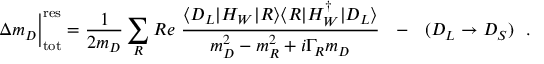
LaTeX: \Delta m _ { D } \bigg | _ { \mathrm { t o t } } ^ { \mathrm { r e s } } = \frac { 1 } { 2 m _ { D } } \sum _ { R } R e ~ \frac { \langle D _ { L } | { \cal H } _ { W } | R \rangle \langle R | { \cal H } _ { W } ^ { \dagger } | D _ { L } \rangle } { m _ { D } ^ { 2 } - m _ { R } ^ { 2 } + i \Gamma _ { R } m _ { D } } \ \ - \ \ ( D _ { L } \to D _ { S } ) \ \ .